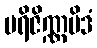
ပရိဇိဏ္ဏမိဒံ